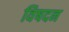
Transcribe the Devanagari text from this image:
विषदन